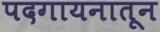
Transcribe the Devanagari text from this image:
पदगायनातून